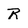
Character: R